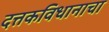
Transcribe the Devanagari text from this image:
दत्तकविधानाचा